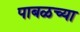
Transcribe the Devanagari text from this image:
पाबळच्या